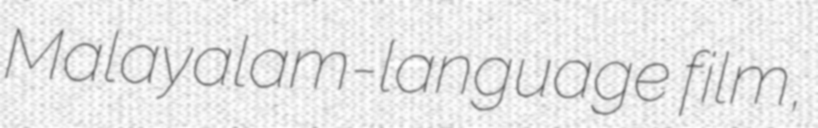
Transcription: Malayalam-language film,